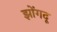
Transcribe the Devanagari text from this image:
झोंगदू